Indian journal of veterinary science and animal husbandry - Volumes 24-25, 1954-1955
Year: 1954
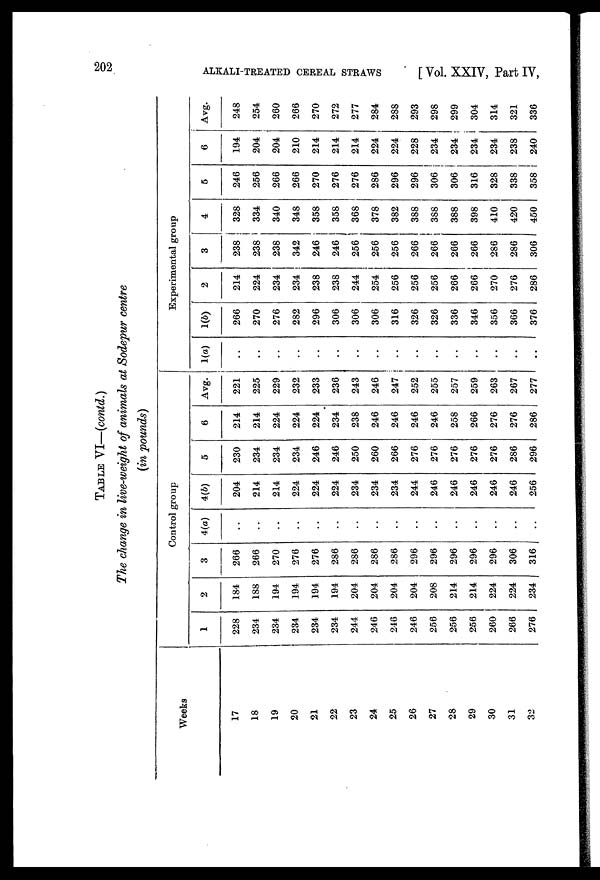
202
ALKALI-TREATED CEREAL STRAWS
[ Vol. XXIV, Part IV,
TABLE VI—(contd.)
The change in live-weight of animals at Sodepur centre
(in pounds)
Weeks
17
18
19
20
21
22
23
24
25
26
27
28
29
30
31
32
Control group
1
228
234
234
234
234
234
244
246
246
246
256
256
256
260
266
276
2
184
188
194
194
194
194
204
204
204
204
208
214
214
224
224
234
3
266
266
270
276
276
286
286
286
286
296
296
296
296
296
306
316
4(a)
..
..
..
..
..
..
..
..
..
..
..
..
..
..
..
..
4(b)
204
214
214
224
224
224
234
234
234
244
246
246
246
246
246
256
5
230
234
234
234
246
246
250
260
266
276
276
276
276
276
286
296
6
214
214
224
224
224
234
238
246
246
246
246
258
266
276
276
286
Avg.
221
225
229
232
233
236
243
246
247
252
255
257
259
263
267
277
Experimental group
1(a)
..
..
..
..
..
..
..
..
..
..
..
..
..
..
..
..
1(b)
266
270
276
282
296
306
306
306
316
326
326
336
346
356
366
376
2
214
224
234
234
238
238
244
254
256
256
256
266
266
270
276
286
3
238
238
238
342
246
246
256
256
256
266
266
266
266
286
286
306
4
328
334
340
348
358
358
368
378
382
388
388
388
398
410
420
450
5
246
256
266
266
270
276
276
286
296
296
306
306
316
328
338
358
6
194
204
204
210
214
214
214
224
224
228
234
234
234
234
238
240
Avg.
248
254
260
266
270
272
277
284
288
293
298
299
304
314
321
336